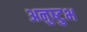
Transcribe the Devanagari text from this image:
अनुष्‍टुभ